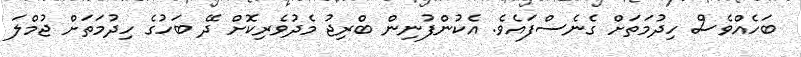
ބަހެއްވެސް ހިދުމަތަށް ގެނެސްފައެވެ. އެކުންފުނިން ބްރިޖު މެދުވެރިކޮށް ދޭ ބަހުގެ ހިދުމަތަށް ޖުމްލަ